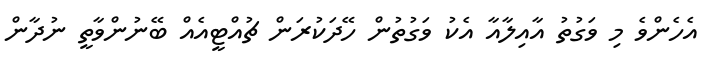
އެހެންވެ މި ވަގުތު އާއިލާއާ އެކު ވަގުތުން ހޭދަކުރަން ޗުއްޓީއެއް ބޭނުންވާތީ ނުދާން